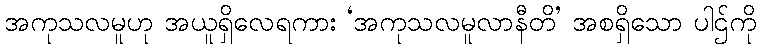
အကုသလမူဟု အယူရှိလေရကား ‘အကုသလမူလာနီတိ’ အစရှိသော ပါဌ်ကို